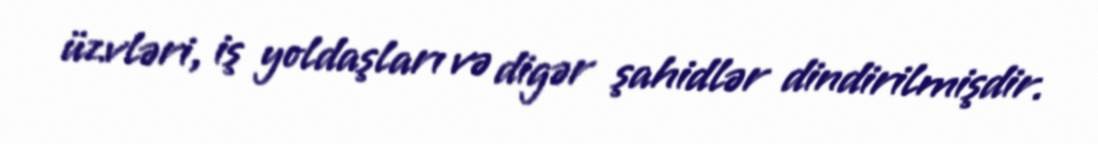
üzvləri, iş yoldaşları və digər şahidlər dindirilmişdir.